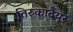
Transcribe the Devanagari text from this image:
तिरुकादैयूर